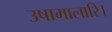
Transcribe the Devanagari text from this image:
उषामालारि।